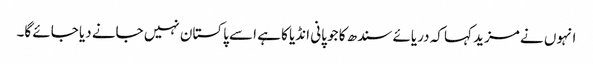
انہوں نے مزید کہا کہ دریائے سندھ کا جو پانی انڈیا کا ہے اسے پاکستان نہیں جانے دیا جائے گا۔